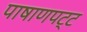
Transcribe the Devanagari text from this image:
पाषाणपट्ट